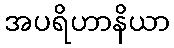
အပရိဟာနိယာ